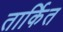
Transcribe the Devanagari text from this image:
तार्कित